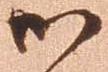
御